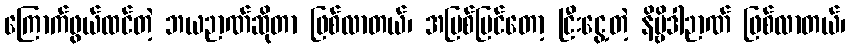
ကြောက်ဖွယ်ထင်တဲ့ ဘယဉာဏ်ဆိုတာ ဖြစ်လာတယ်၊ အပြစ်မြင်တော့ ငြီးငွေ့တဲ့ နိဗ္ဗိဒါဉာဏ် ဖြစ်လာတယ်၊